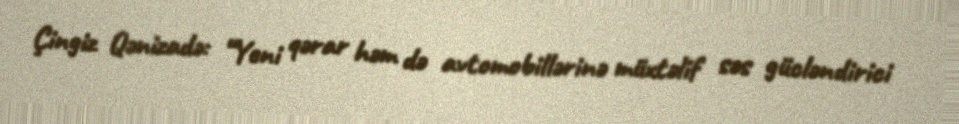
Çingiz Qənizadə: “Yeni qərar həm də avtomobillərinə müxtəlif səs gücləndirici